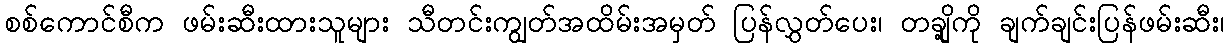
စစ်ကောင်စီက ဖမ်းဆီးထားသူများ သီတင်းကျွတ်အထိမ်းအမှတ် ပြန်လွှတ်ပေး၊ တချို့ကို ချက်ချင်းပြန်ဖမ်းဆီး၊